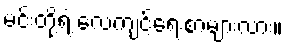
မင်းတို့ရဲ့ လေ့ကျင့်ရေးစာများလား။